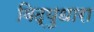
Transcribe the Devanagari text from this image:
विद्युधारा